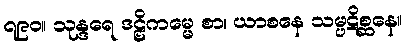
၇၉၀။ သုန္ဒရေ ဒဠှိကမ္မေ စာ၊ ယာစနေ သမ္ပဋိစ္ဆနေ။